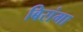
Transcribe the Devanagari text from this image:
बिरांगा